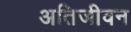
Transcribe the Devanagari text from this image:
अतिजीवन